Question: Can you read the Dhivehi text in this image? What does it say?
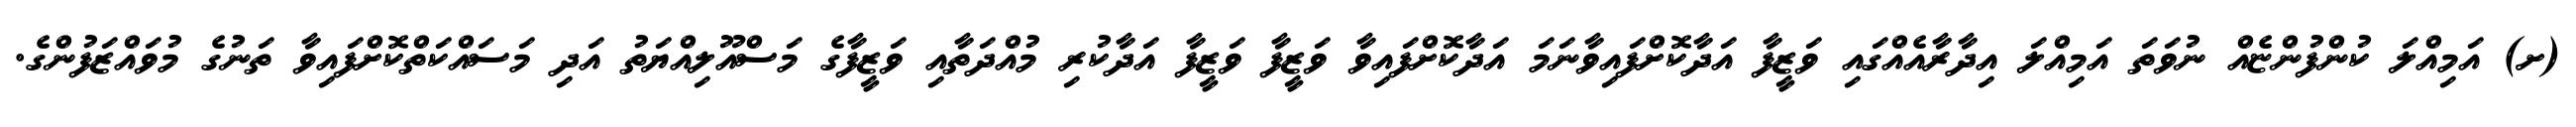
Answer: (ށ) އަމިއްލަ ކުންފުންޏެއް ނުވަތަ އަމިއްލަ އިދާރާއެއްގައި ވަޒީފާ އަދާކޮށްފައިވާނަމަ އަދާކޮށްފައިވާ ވަޒީފާ ވަޒީފާ އަދާކުރި މުއްދަތާއި ވަޒީފާގެ މަސްއޫލިއްޔަތު އަދި މަސައްކަތްކޮށްފައިވާ ތަނުގެ މުވައްޒަފުންގެ.